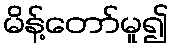
မိန့်တော်မူ၍